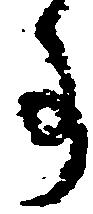
事